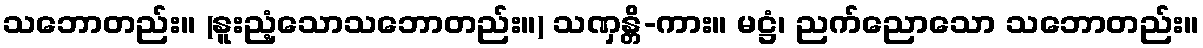
သဘောတည်း။ (နူးညံ့သောသဘောတည်း။) သဏှန္တိ-ကား။ မဋ္ဌံ၊ ညက်ညောသော သဘောတည်း။